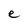
Character: e